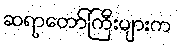
ဆရာတော်ကြီးများက